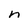
Character: n